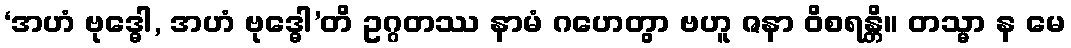
‘အဟံ ဗုဒ္ဓေါ, အဟံ ဗုဒ္ဓေါ’တိ ဥဂ္ဂတဿ နာမံ ဂဟေတွာ ဗဟူ ဇနာ ဝိစရန္တိ။ တသ္မာ န မေ